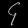
Digit: ၄